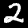
Digit: 2